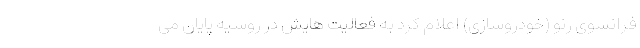
فرانسوی رنو (خودروسازی) اعلام کرد به فعالیت هایش در روسیه پایان می